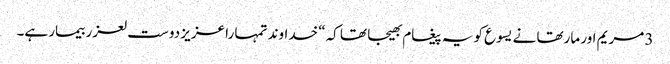
3 مریم اور مارتھا نے یسوع کو یہ پیغام بھیجا تھا کہ“ خداوند تمہا را عزیز دوست لعزر بیمار ہے۔